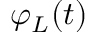
\varphi _ { L } ( t )